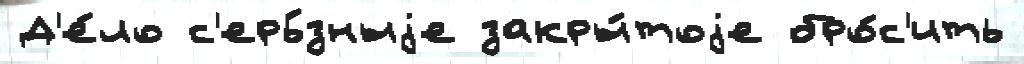
Д'е́ло с'ерь́зныjе закры́тоjе бро́с'ить